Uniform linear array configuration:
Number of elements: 24
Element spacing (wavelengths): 1
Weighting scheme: hamming
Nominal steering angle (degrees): -45
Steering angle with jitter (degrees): -46.592
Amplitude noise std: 0.05
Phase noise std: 0.05

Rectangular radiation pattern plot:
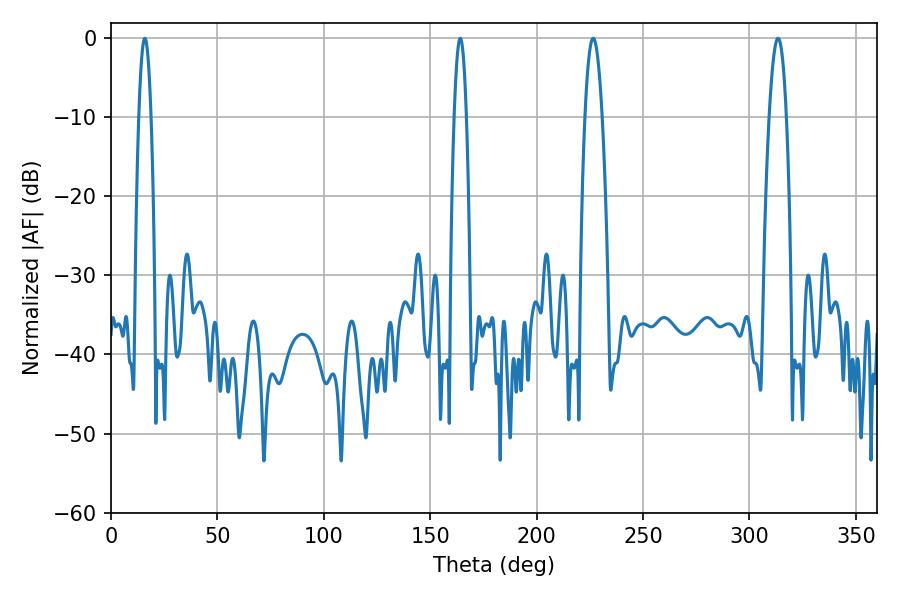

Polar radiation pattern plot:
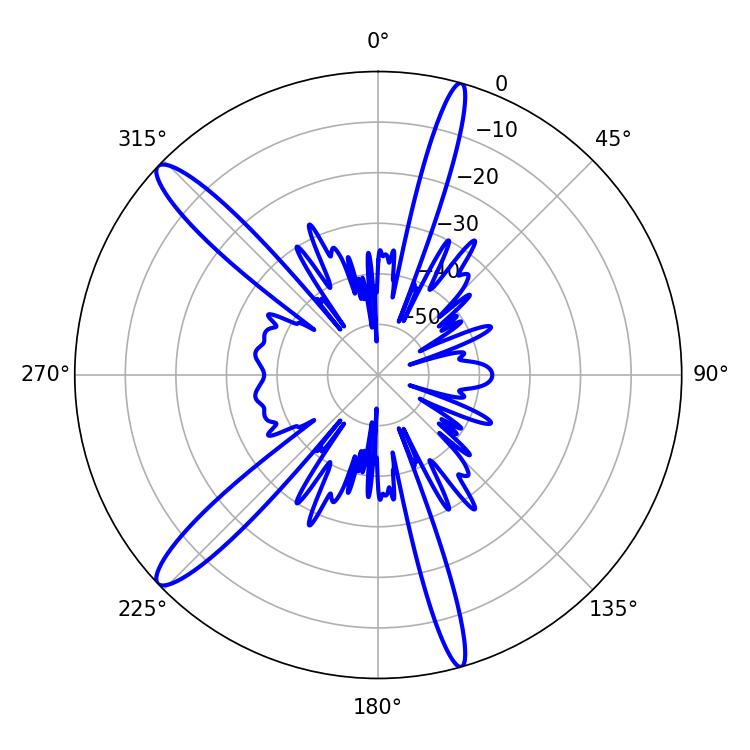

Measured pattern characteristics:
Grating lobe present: TRUE
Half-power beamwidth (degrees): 4.32
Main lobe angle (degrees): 226.62